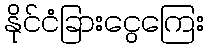
နိုင်ငံခြားငွေကြေး